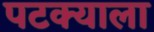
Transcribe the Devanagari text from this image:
पटक्याला